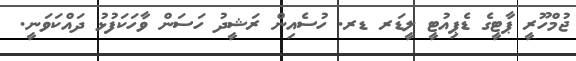
ޖުމްހޫރީ ޕާޓީގެ ޑެޕިއުޓީ ލީޑަރ ޑރ. ހުސެއިން ރަޝީދު ހަސަން ވާހަކަފުޅު ދައްކަވަނީ.